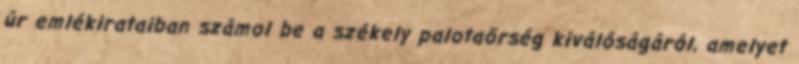
úr emlékirataiban számol be a székely palotaőrség kiválóságáról, amelyet